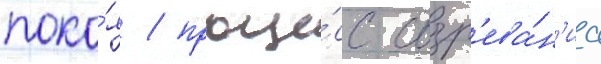
поко́я / проце́сс созр'ева́н'иа